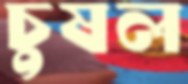
চুষল